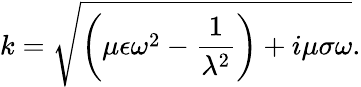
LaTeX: k=\sqrt{\bigg(\mu\epsilon\omega^{2}-\frac{1}{\lambda^{2}}\bigg)+i\mu\sigma\omega}.